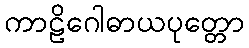
ကာဠိဂေါဓာယပုတ္တော